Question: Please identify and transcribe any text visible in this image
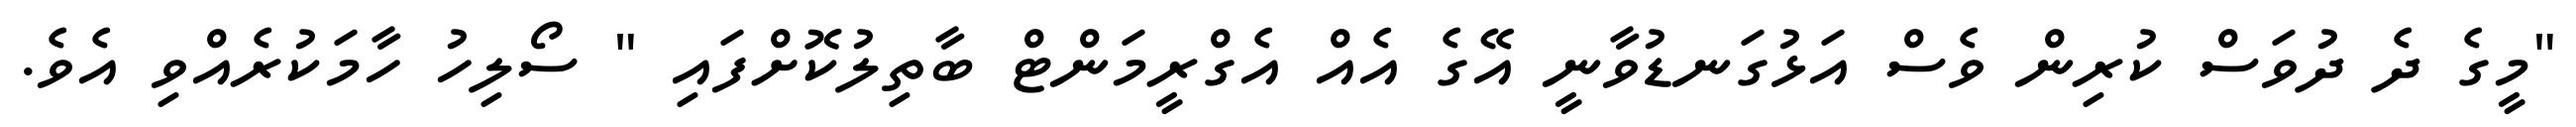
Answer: "މީގެ ދެ ދުވަސް ކުރިން ވެސް އަޅުގަނޑުވާނީ އޭގެ އެއް އެގްރީމަންޓް ބާތިލުކޮށްފައި " ސޯލިހު ހާމަކުރެއްވި އެވެ.